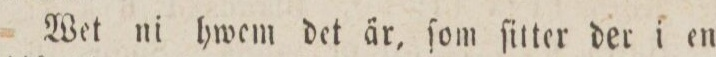
Wet ni hwem det är, ſom ſitter der i en